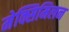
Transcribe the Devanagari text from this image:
मेक्सिमिलन